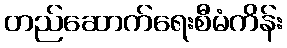
တည်ဆောက်ရေးစီမံကိန်း